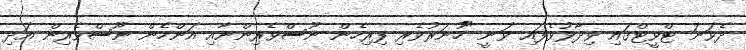
ދެވަނަ ޓްވީޓްގައި ވިދާޅުވެފައި ވަނީ "ހުނަރުވެރި ފިރިހެން ނޫސްވެރިންނާއި އަންހެން ނޫސްވެރިން އަދި